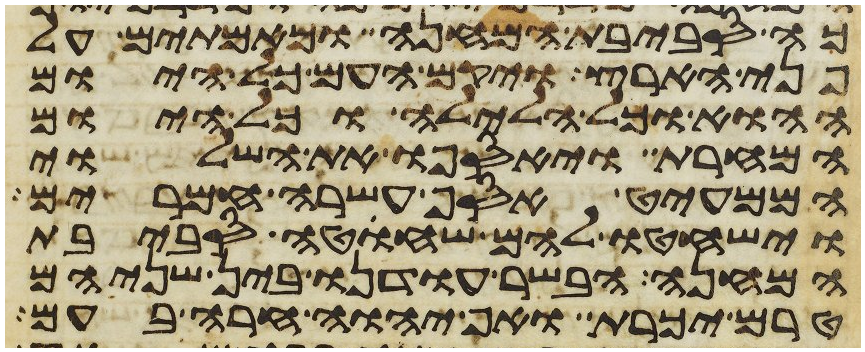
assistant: כה סביבת המחנה וכאמתים על
פני הארץ ויקם העם כל היום
ההוא וכל הלילה וכל היום
המחרת ויאספו את השלוי
הממעיט אסף עשרה חמרים
וישחטו להם שחוט סביבת
המחנה הבשר עודנו בין שניהם
טרם יכרת ואף יהוה חרה בעם